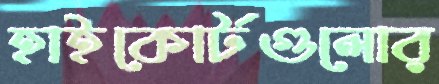
হাইকোর্টগুলোর